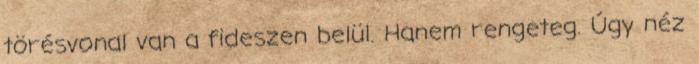
törésvonal van a fideszen belül. Hanem rengeteg. Úgy néz